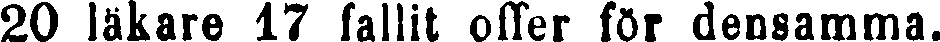
20 läkare 17 fallit offer för densamma.